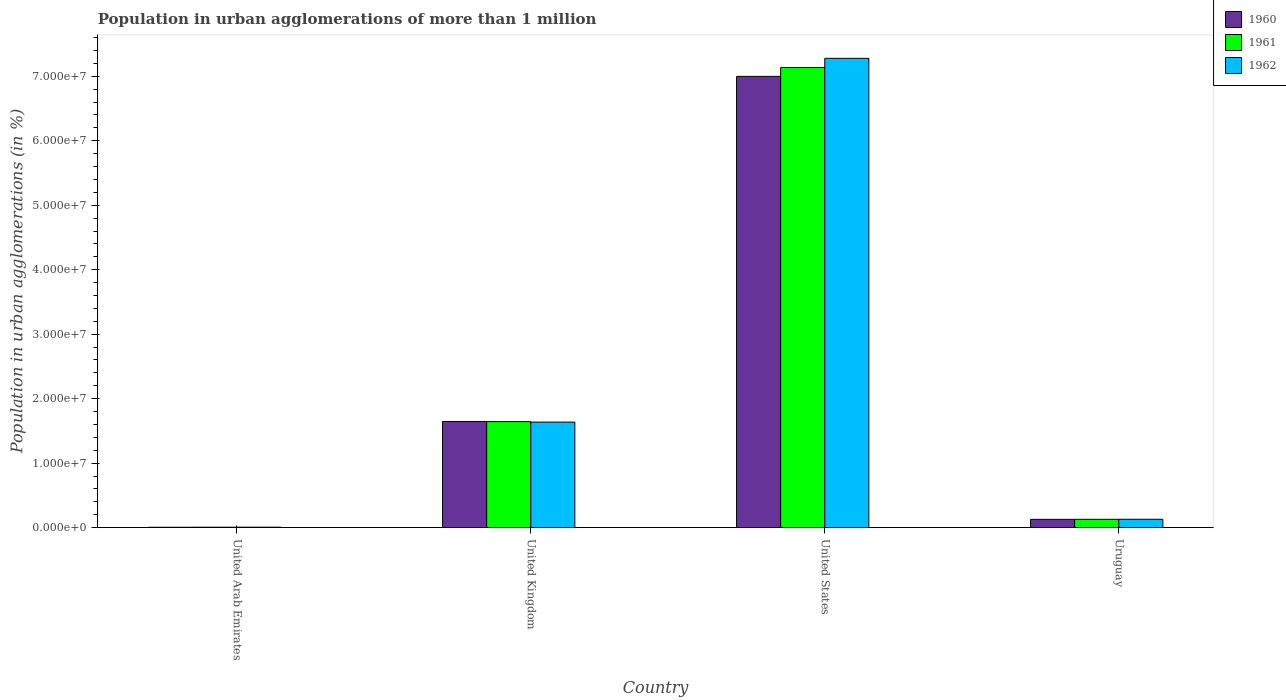
| Country | 1960 | 1961 | 1962 |
 | --- | --- | --- | --- |
 | United Arab Emirates | 5.97e+04 | 6.54e+04 | 7.17e+04 |
 | United Kingdom | 1.65e+07 | 1.64e+07 | 1.64e+07 |
 | United States | 7e+07 | 7.14e+07 | 7.28e+07 |
 | Uruguay | 1.28e+06 | 1.29e+06 | 1.3e+06 |